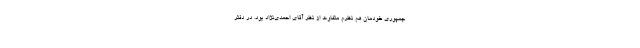
جمهوری خودمان هم نظرم متفاوت از نظر آقای احمدی‌نژاد بود. در دفتر